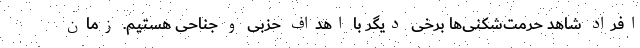
افراد شاهد حرمت‌شکنی‌ها برخی دیگر با اهداف حزبی و جناحی هستیم. زمان